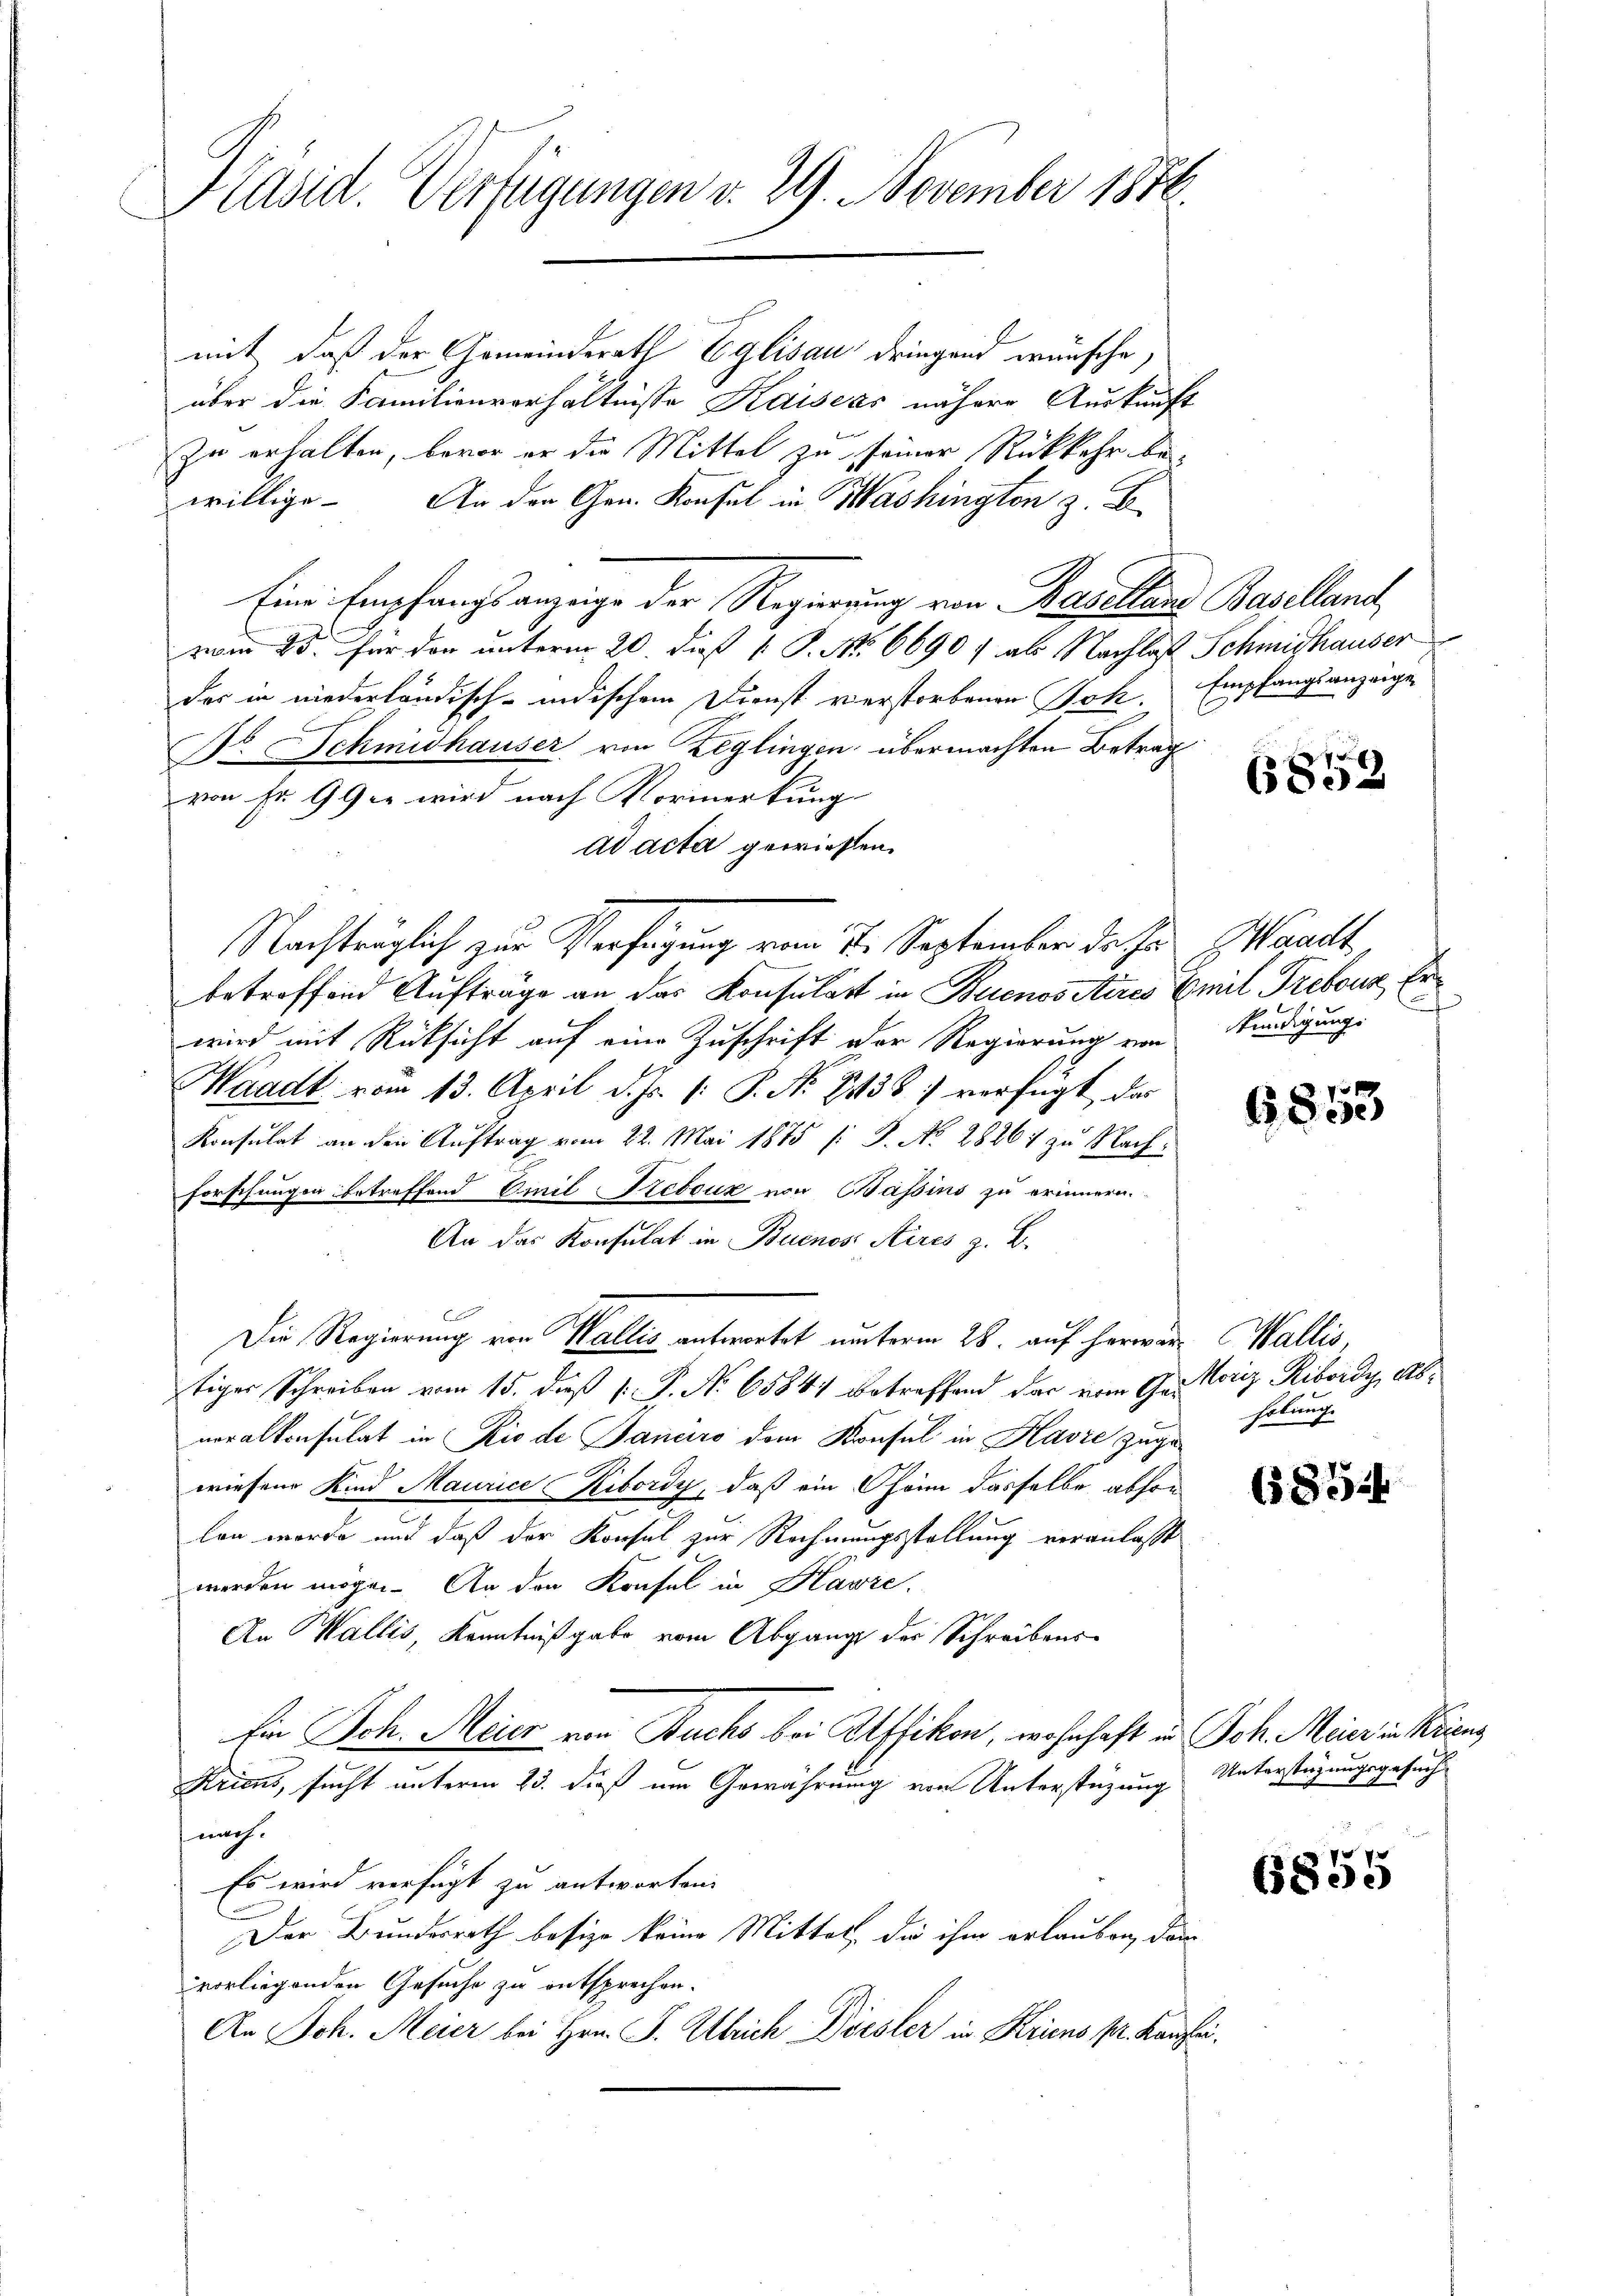
Präsid. Verfügungen v. 29. November 1886.

mit, daß der Gemeinderath Eglisau dringend wünsche,
über die Familienverhältnisse Kaiseás nähere Auskunft
b
Zu erhalten, bevor er die Mittel zu seiner Rückkehr be-
willige. An der Gen. Konsul in Washington z. B.
Eine Empfangsanzeige der Regierung von Baselland Baselland
vom 25. für den unterm 20. daß v. J. No. 66907 als Nachlaß Schmidhauser
der in niederländisch-indischem Dienst verstorbenen Joh. Empfangsanzeigen
Dr. Schmidhauser von Zeglingen übermachten Betrag
von Fr. 99 u. wird nach Vormerkung
ad acta gewiehlen.
Nachträglich zur Verfügung vom 2. September de Jos. Waadt
betroffend Aufträge an das Konsulatt in Buenos Aires Emil Trebour, Erwird mit Rücksicht auf eine Zuschrift der Regierung von Kündigungs
Waadt vom 13. April d. Js. [: P. Nr. 2438 verfügt, das
Konsulat an den Auftrag vom 22. Mai 1875 (: S. No. 28861 zu Nach-
forschungen betreffend Emil Trebouz von Bassins zu erinnern.
An das Konsulat in Buenos Aires z. B.
E
Die Regierung von Wallis antwortet unterm 28. auf herwart Wallis,
tiger Schreiben vom 15. daß [ P. No 6584 betreffend das vom Gar Moriz Ribordy, Abneralkonsulat in Rio de Janeiro dem Konsul in Havre zugewiesend Kind Maurice Ribordy, daß ein Chönn dasselbe abson
lon worde und daß der Konsul zur Rechnungsstellung veranlasst
werden mögen. An den Konfel in Havre.
An Wallis, Kenntnißgabe vom Abgang des Schreibens-
Ein Joh. Meier von Buchs bei Keffikon, wohnhaft in Joh. Meier in Kriens
Kricus, sucht unterm 23. dieß um Gewährung von Unterstüzung
nach.
Es wird verfügt zu antworten.
Der Bundesrath besize keine Mittel, die ihm erlauben, dann
vorliegenden Gesuche zu entsprechen.
An Joh. Meier bei Hrn. F. Ulrich Dörster in Kriens pr. Kanzlei.

6852

6853

hobung

6854

Unterstüzungsgesuch

6855